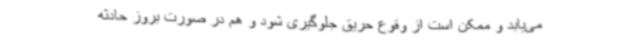
می‌یابد و ممکن است از وقوع حریق جلوگیری شود و هم در صورت بروز حادثه